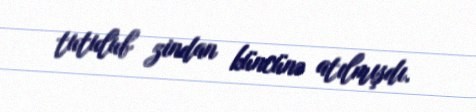
tutulub zindan küncünə atılmışdı.